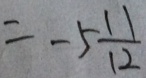
= - 5 \frac { 1 1 } { 1 2 }